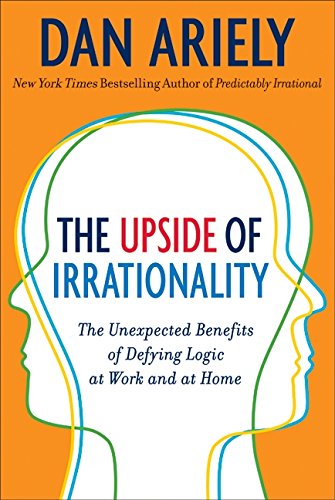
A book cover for The Upside of Irrationality: The Unexpected Benefits of Defying Logic at Work and at Home; Dan Ariely; Medical Books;